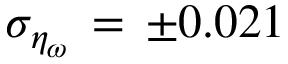
\sigma _ { \eta _ { \omega } } \, = \, \pm 0 . 0 2 1